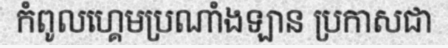
កំពូលហ្គេមប្រណាំងឡាន ប្រកាសជា